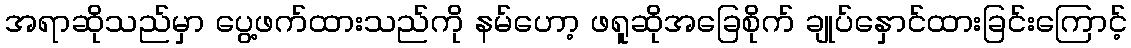
အရာဆိုသည်မှာ ပွေ့ဖက်ထားသည်ကို နမ်ဟော့ ဖရူဆိုအခြေစိုက် ချုပ်နှောင်ထားခြင်းကြောင့်